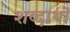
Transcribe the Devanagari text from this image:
शब्दार्थो